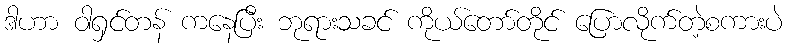
ဒါဟာ ဝါရှင်တန် ကနေပြီး ဘုရားသခင် ကိုယ်တော်တိုင် ပြောလိုက်တဲ့စကားပဲ